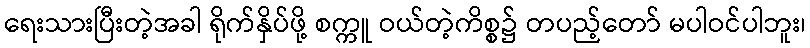
ရေးသားပြီးတဲ့အခါ ရိုက်နှိပ်ဖို့ စက္ကူ ဝယ်တဲ့ကိစ္စ၌ တပည့်တော် မပါဝင်ပါဘူး၊